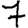
Digit: 7